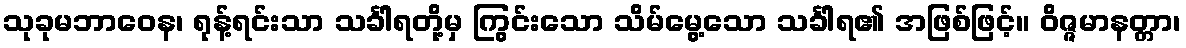
သုခုမဘာဝေန၊ ရုန့်ရင်းသာ သင်္ခါရတို့မှ ကြွင်းသော သိမ်မွေ့သော သင်္ခါရ၏ အဖြစ်ဖြင့်။ ဝိဇ္ဇမာနတ္တာ၊